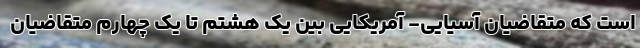
است که متقاضیان آسیایی- آمریکایی بین یک هشتم تا یک چهارم متقاضیان